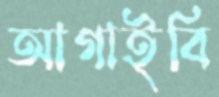
আগাইবি